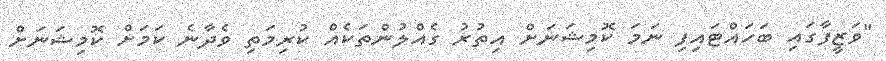
"ވަޒީފާގައި ބަހައްޓައިފި ނަމަ ކޮމިޝަނަށް އިތުރު ގެއްލުންތަކެއް ކުރިމަތި ވެދާނެ ކަމަށް ކޮމިޝަނަށް